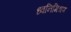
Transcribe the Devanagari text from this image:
ध्वनिमिश्रण